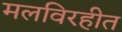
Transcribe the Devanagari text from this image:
मलविरहीत